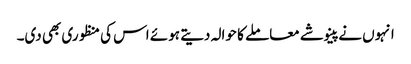
انہوں نے پینوشے معاملے کا حوالہ دیتے ہوئے اس کی منظوری بھی دی۔